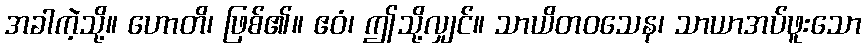
အခါကဲ့သို့။ ဟောတိ၊ ဖြစ်၏။ ဧဝံ၊ ဤသို့လျှင်။ သာယိတဝသေန၊ သာယာအပ်ဖူးသော